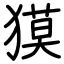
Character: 獏